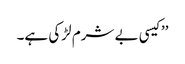
’’کیسی بے شرم لڑکی ہے۔